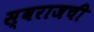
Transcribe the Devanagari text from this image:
स्वराजची